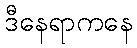
ဒီနေရာကနေ